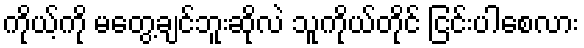
ကိုယ့်ကို မတွေ့ချင်ဘူးဆိုလဲ သူကိုယ်တိုင် ငြင်းပါစေလား